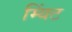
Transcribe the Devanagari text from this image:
म्यिंट